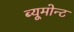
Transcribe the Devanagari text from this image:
ब्यूमोन्ट